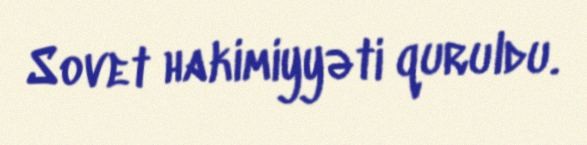
Sovet hakimiyyəti quruldu.